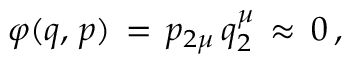
\varphi ( q , \, p ) \, = \, p _ { 2 \mu } \, q _ { 2 } ^ { \mu } \, \approx \, 0 \, { , }